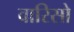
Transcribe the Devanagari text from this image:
वारिसो